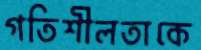
গতিশীলতাকে